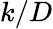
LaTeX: k/D